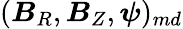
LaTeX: (\boldsymbol{B}_{R},\boldsymbol{B}_{Z},\boldsymbol{\psi})_{md}